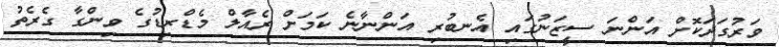
ވަރުގަދަކޮށް އަންނަ ސީޒަނުގައި އެނބުރި އަންނާނެ ކަމަށް ރެއާލް މެޑްރިޑުގެ ވިންގާ ގެރެތު